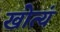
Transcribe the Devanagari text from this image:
खोत्यं